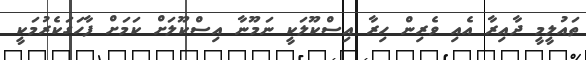
ތައުލީމީ ދާއިރާ އެއި ވެރިން ހިރާ އިސްކޫލަކީ ނަމޫނާ އިސްކޫލަށް ކަމަށް ފާހަގަކެރުމަކީ